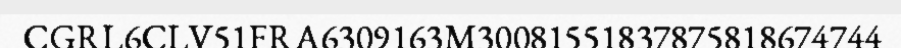
CGRL6CLV51FRA6309163M30081551837875818674744